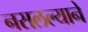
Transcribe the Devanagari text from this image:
नसलल्याने